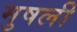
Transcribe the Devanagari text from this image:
मुषली